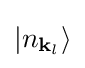
\left|n_{\mathbf {k} _{l}}\right\rangle